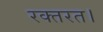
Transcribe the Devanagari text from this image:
रक्तरत।